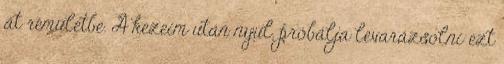
át rémületbe. A kezeim után nyúl, próbálja levarázsolni ezt